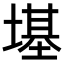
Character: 𪤏